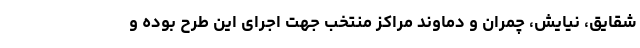
شقایق، نیایش، چمران و دماوند مراکز منتخب جهت اجرای این طرح بوده و